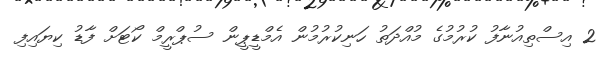
2 އިސްތިއުނާފު ކުރުމުގެ މުއްދަތު ހަނިކުރުމުން އެމްޑީޕީން ސުޕްރީމް ކޯޓަށް ފާޑު ކިޔައިފި